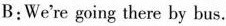
B:We're going there by bus.